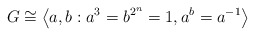
\begin{align*}G \cong \left\langle a, b : a^3 = b^{2^n} = 1, a^b = a^{-1} \right\rangle\end{align*}